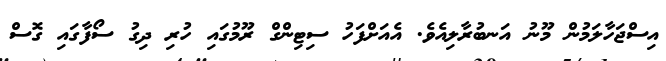
އިސްޖަހާލަމުން މޫނު އަނބުރާލިއެވެ. އެއަށްފަހު ސިޓިންގް ރޫމުގައި ހުރި ދިގު ސޯފާގައި ގޮސް